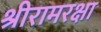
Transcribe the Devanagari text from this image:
श्रीरामरक्षा